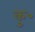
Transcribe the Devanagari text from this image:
कु॰